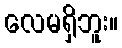
လေမရှိဘူး။